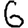
Digit: 6